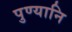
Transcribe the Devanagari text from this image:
पुण्यानि